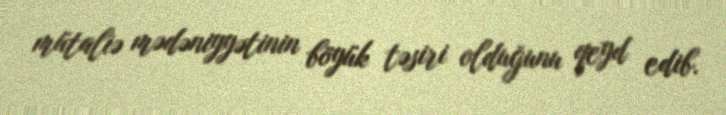
mütaliə mədəniyyətinin böyük təsiri olduğunu qeyd edib.